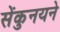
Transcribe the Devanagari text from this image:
सेंकुनयने